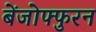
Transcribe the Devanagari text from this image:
बेंजोफ्फुरन